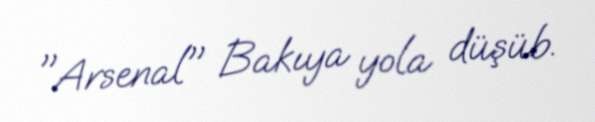
"Arsenal" Bakıya yola düşüb.